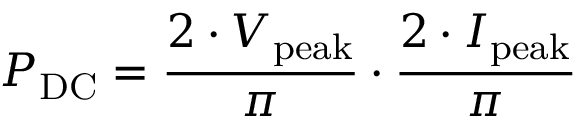
P _ { \mathrm { D C } } = { \frac { 2 \cdot V _ { \mathrm { p e a k } } } { \pi } } \cdot { \frac { 2 \cdot I _ { \mathrm { p e a k } } } { \pi } }